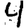
Digit: 4